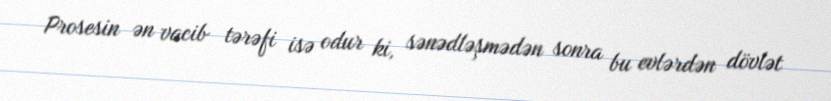
Prosesin ən vacib tərəfi isə odur ki, sənədləşmədən sonra bu evlərdən dövlət